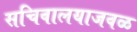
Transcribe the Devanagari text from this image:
सचिवालयाजवळ